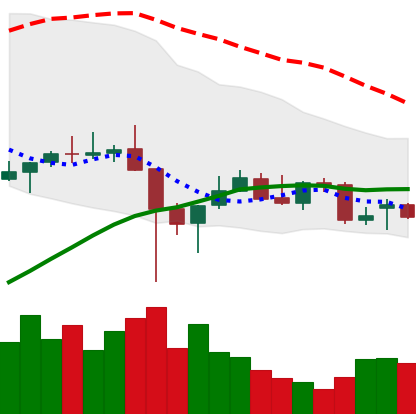
Ticker: TRX-USD
Chart end date: 2021-12-16
Forward return: -7.646%
Label: down_7plus